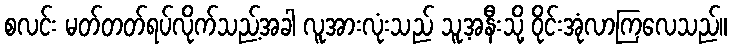
စလင်း မတ်တတ်ရပ်လိုက်သည့်အခါ လူအားလုံးသည် သူ့အနီးသို့ ဝိုင်းအုံလာကြလေသည်။